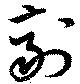
剤